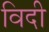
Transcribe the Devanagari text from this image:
विदी